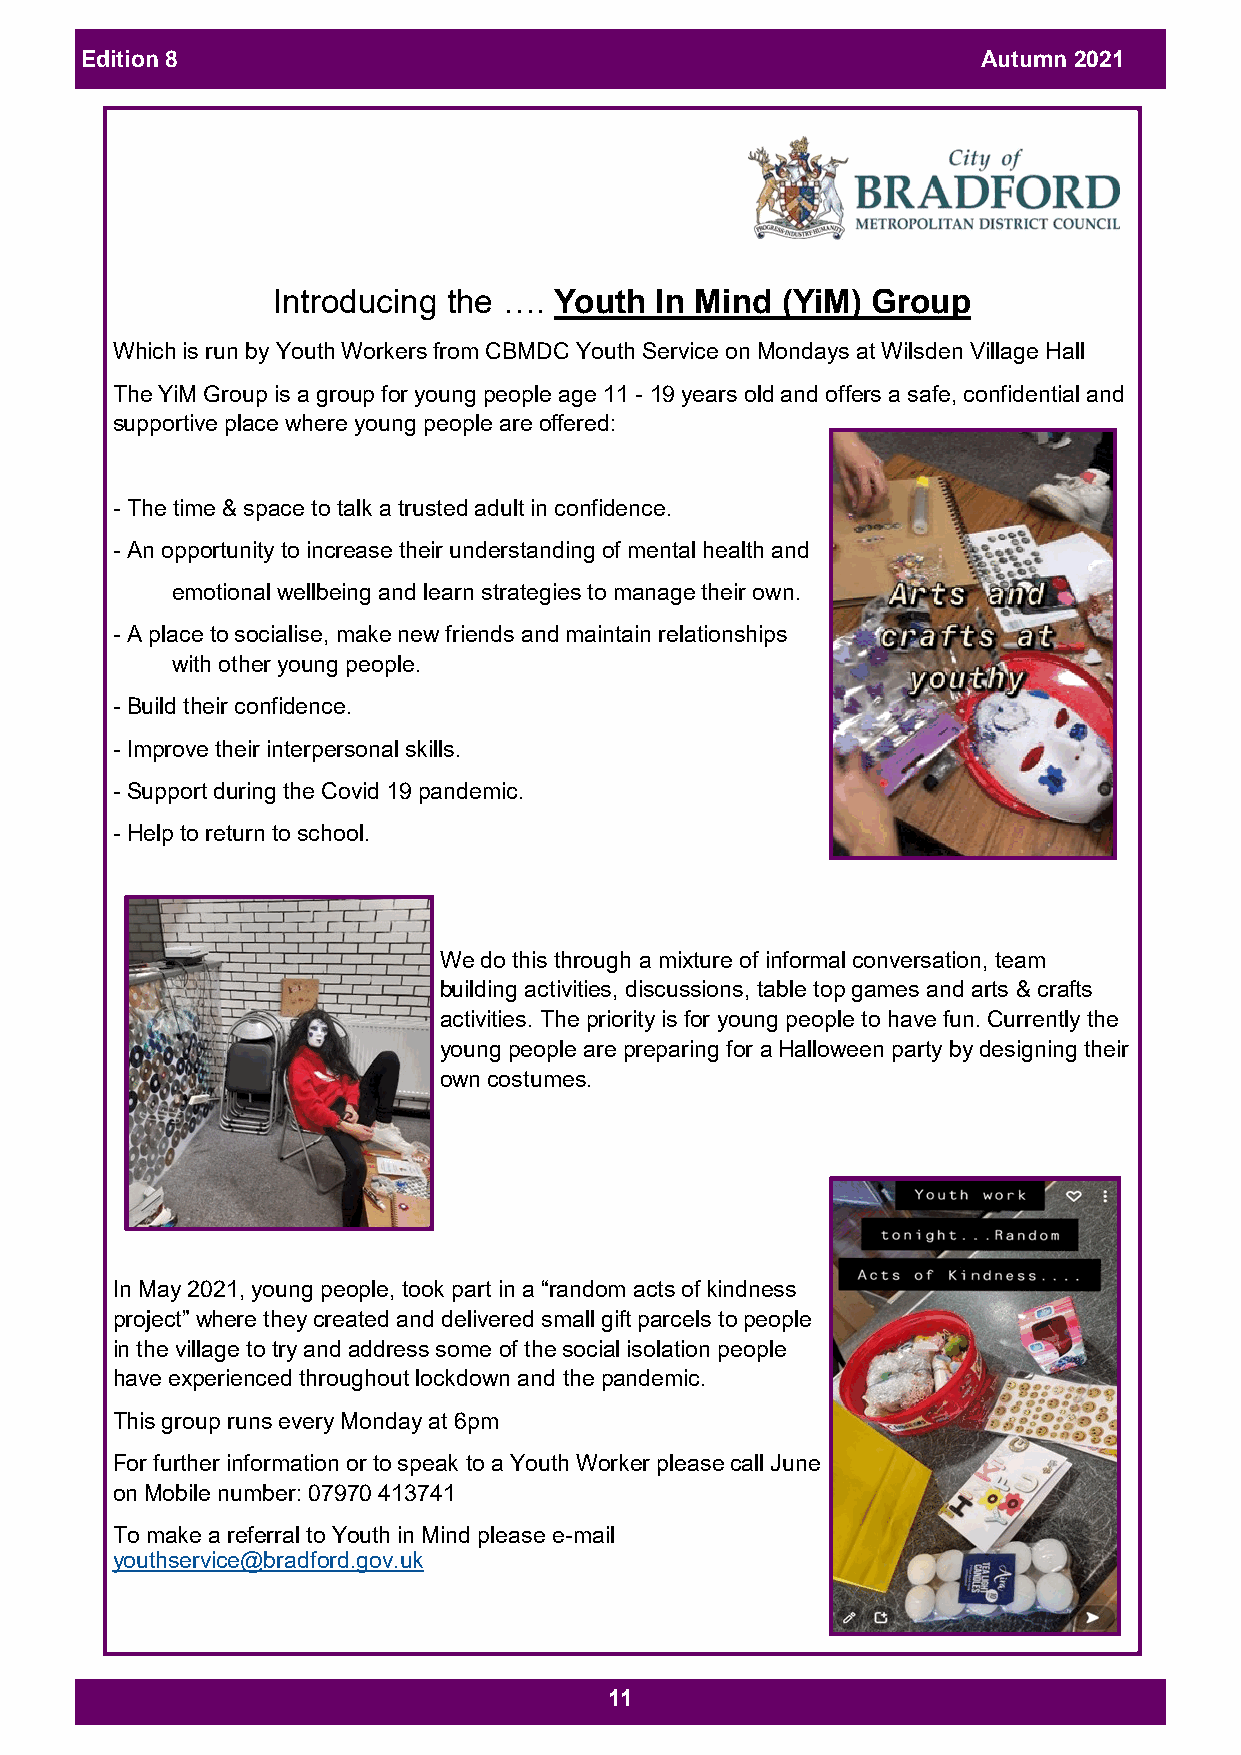
Edition 8                                                   Autumn 2021
 Introducing the …. Youth In Mind  (YiM) Group
 Which is run by Youth Workers from CBMDC Youth Service on Mondays at Wilsden Village Hall
 The YiM Group is a group for young people age 11 - 19 years old and offers a safe, confidential and
 supportive place where young people are offered:
 - The time & space to talk a trusted adult in confidence.
 - An opportunity to increase their understanding of mental health and
 emotional wellbeing and learn strategies to manage their own.
 - A place to socialise, make new friends and maintain relationships
 with other young people.
 - Build their confidence.
 - Improve their interpersonal skills.
 - Support during the Covid 19 pandemic.
 - Help to return to school.
 We do this through a mixture of informal conversation, team
 building activities, discussions, table top games and arts & crafts
 activities. The priority is for young people to have fun. Currently the
 young people are preparing for a Halloween party by designing their
 own costumes.
 In May 2021, young people, took part in a “random acts of kindness
 project” where they created and delivered small gift parcels to people
 in the village to try and address some of the social isolation people
 have experienced throughout lockdown and the pandemic.
 This group runs every Monday at 6pm
 For further information or to speak to a Youth Worker please call June
 on Mobile number: 07970 413741
 To make a referral to Youth in Mind please e-mail
 youthservice@bradford.gov.uk
 11